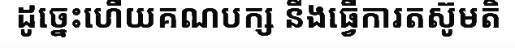
ដូច្នេះហើយគណបក្ស នឹងធ្វើការតស៊ូមតិ